Leaving Certificate, 1900
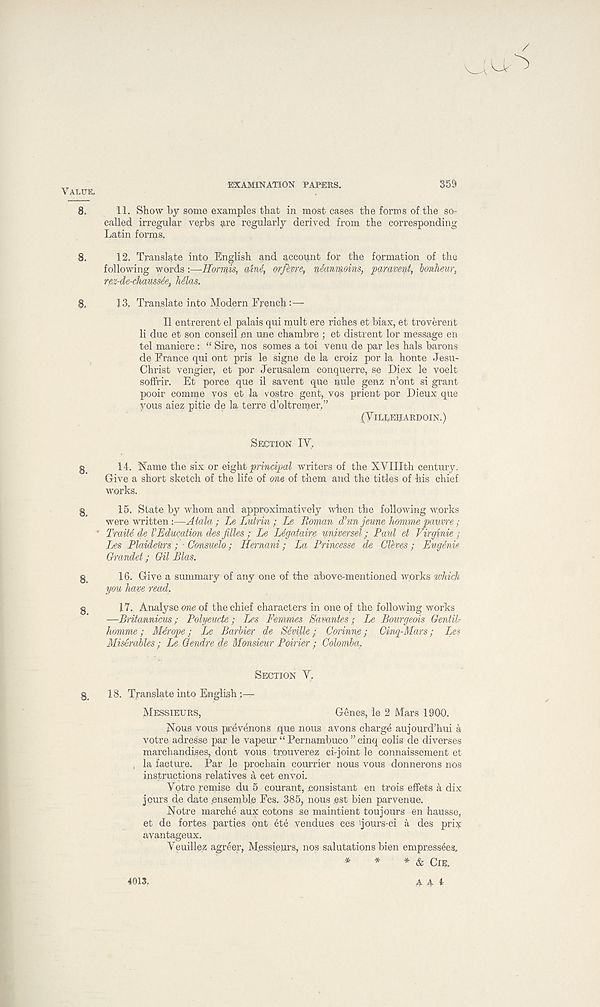
VALUE,
EXAMINATION PAPERS.
359
/
8.
11. Show by some examples that in most cases the forms of the so-
called irregular verbs are regularly derived from the corresponding
Latin forms.
8.
12. Translate into English and account for the formation of the
following words:—Harmis, aini, orftwe, nktnmoim, paravent, bonheur,
rez-de-chauss4et Mias.
8,
13, Translate into Modern French:—
II entrerent el palais qui mult ere riches et Max, et troverent
li due et son conseil en une chambre ; et distrent lor message en
tel maniere: “ Sire, nos somes a toi venu de par les hals barons
de France qui ont pris le signe de la croiz por la honte Jesu-
Christ vengier, et por Jerusalem conquerre, se Diex le voelt
soffrir. Et porce que il savent que mule genz n’ont si grant
pooir comme vos et la vostre gent, vos prient por Dieux que
yous aiez pitie de la terre d’oltremer.”
{VlLEEHARDOIN.)
SECTION IV.
g
14. Name the six or eight principal writers of the XVIIIth century.
Give a short sketch of the life of one of them and the titles of his chief
works.
15. State by whom and approximatively when the following works
were written:—Atala ; Le Lutrin ; Le Bonian d’unjeune homme panvre •
* TraiU de VEducation des Jilles; Le Ldgataire universel; Paul et Virginie /
Les Plaideiirs; Consuelo; Hernani; La Princesse de Clbves; EugSnw
Gh-andet; Gil Bias.
g
16. Give a summary of any one of the above-mentioned works which
you have read.
g
17. Analyse one of the chief characters in one of the following works
—Britannicus; Polyeude; Les Femmes Savantes; Le Bourgeois Gentil-
homme; Mdrope; Le Barbier de Sdvitte ■ Corinne; Cinq-Mars; Les
Miserab les ; Le Gendre de Monsieur Poirier ; Colombo.
SECTION V.
18. Translate into English
MESSIEURS,
Genes, le 2 Mars 1900.
Nous vous prevenons que nous avons charge aujourd’hui a
votre adresse par le vapeur “ Pernambuco ” cinq colis de diverses
marchandises, dont vous trouverez cbjoint le connaissement et
la facture. Par le prochain courrier nous vous donnerons nos
instructions relatives a cet envoi.
Votre remise du 5 courant, consistant en trois effets 4 dix
jours de date .ensemble Fes. 385, nous ,est bien parvenue.
Notre marche aux cotons se maintient toujours en hausse,
et de fortes parties ont ete vendues ces 'jours-ci a des priy
avantageux.
Veuillez agreer, Messieurs, nos salutations bien empresses,
*
*
* & ClE.
4013.
A 4 *